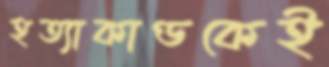
হত্যাকাণ্ডকেই